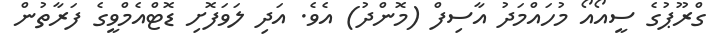
ގްރޫޕުގެ ސީއޯއޯ މުހައްމަދު އާސިފް (މޮންދު) އެވެ. އަދި ލަވަފޮށި ޑޮޓްއެމްވީގެ ފަރާތުން